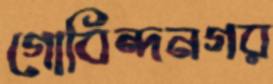
গোবিন্দনগর